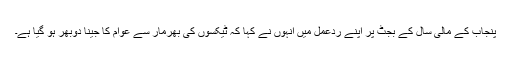
پنجاب کے مالی سال کے بجٹ پر اپنے ردعمل میں انہوں نے کہا کہ ٹیکسوں کی بھرمار سے عوام کا جینا دوبھر ہو گیا ہے۔